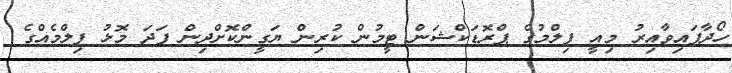
ހޯދާފައިވާއިރު މިއީ ފިލްމުގެ ޕްރޮޑަކްޝަން ޓީމުން ކުރިން ޔަގީންކޮށްދިން ފަދަ މޮޅު ފިލްމެއްގެ